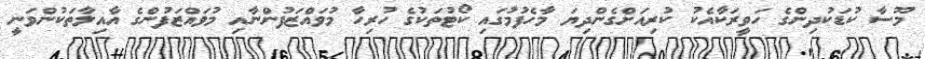
މޫސާ ކުޑަކުދިންގެ ހަވީރަކާއެކު ކުރިއަށްގެންދިޔަ މާހެފުމުގައި ކޯޓުތަކުގެ ހުރިހާ މުވައްޒަފުންނާއި މުވައްޒަފުންގެ އާއިލާތަކުންވަނީ